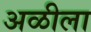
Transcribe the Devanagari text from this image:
अळीला